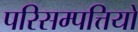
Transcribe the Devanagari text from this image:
परिसम्‍पत्तियों